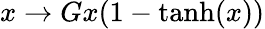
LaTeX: x\rightarrow Gx(1-\mathrm{tanh}(x))